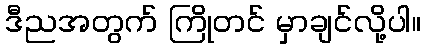
ဒီညအတွက် ကြိုတင် မှာချင်လို့ပါ။